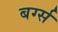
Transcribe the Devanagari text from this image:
बर्ग्स